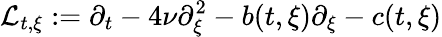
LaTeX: \mathcal{L}_{t,\xi}:=\partial_{t}-4\nu\partial_{\xi}^{2}-b(t,\xi)\partial_{\xi}-c(t,\xi)